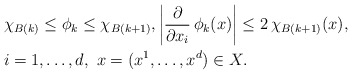
\begin{align*}&\chi_{B(k)}\le\phi_k\le\chi_{B(k+1)},\left|\frac{\partial}{\partial x_i}\,\phi_k(x)\right|\le2\,\chi_{B(k+1)}(x),\\& i=1,\dots,d,\ x=(x^1,\dots,x^d)\in X. \end{align*}